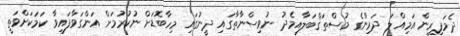
ދެމަފިރިން އަމިއްލަ ދަރިންގެ މުސްތަޤްބަލާއިމެދު ނުވިސްނާތާގައި ދީނުގައި މިހާބޮޑަށް ނުކުރުމަށް އަންގަވާފައިވާ ކަމަކަށްވަތީ